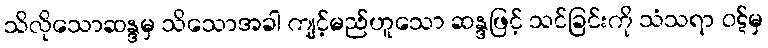
သိလိုသောဆန္ဒမှ သိသောအခါ ကျင့်မည်ဟူသော ဆန္ဒဖြင့် သင်ခြင်းကို သံသရာ ဝဋ်မှ